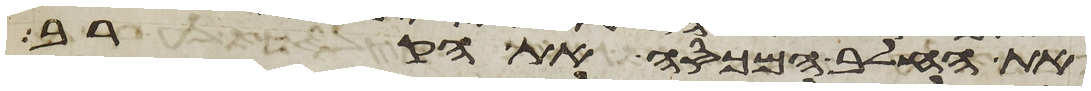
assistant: את החלב המכסה את הקרב